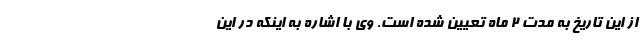
از این تاریخ به مدت ۲ ماه تعیین شده است. وی با اشاره به اینکه در این